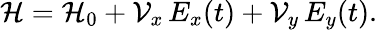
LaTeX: \mathcal H=\mathcal H_{0}+\mathcal V_{x}\, E_{x}(t)+\mathcal V_{y}\, E_{y}(t).